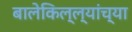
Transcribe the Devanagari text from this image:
बालेकिल्ल्यांच्या